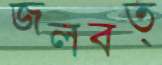
জলবত্